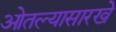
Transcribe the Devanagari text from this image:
ओतल्यासारखे